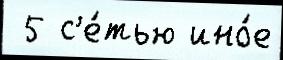
 5 с'е́тью ино́е